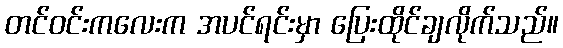
တင်ဝင်းကလေးက အပင်ရင်းမှာ ပြေးထိုင်ချလိုက်သည်။